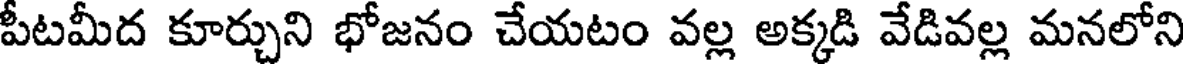
పీటమీద కూర్చుని భోజనం చేయటం వల్ల అక్కడి వేడివల్ల మనలోని